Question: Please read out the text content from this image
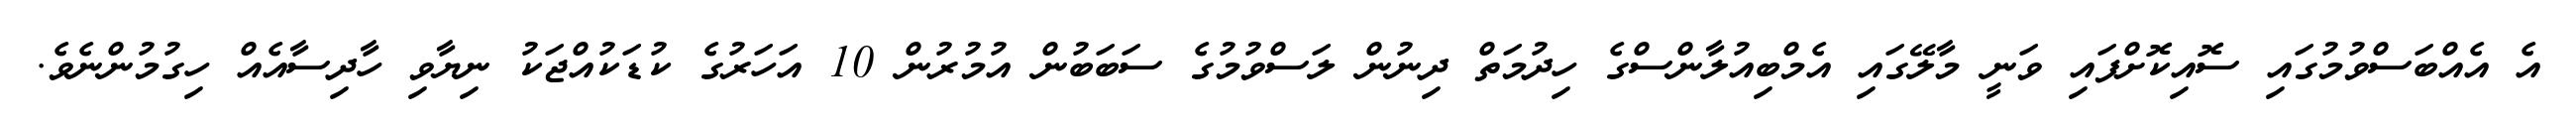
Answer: އެ އެއްބަސްވުމުގައި ސޮއިކޮށްފައި ވަނީ މާލޭގައި އެމްބިއުލާންސްގެ ހިދުމަތް ދިނުން ލަސްވުމުގެ ސަބަބުން އުމުރުން 10 އަހަރުގެ ކުޑަކުއްޖަކު ނިޔާވި ހާދިސާއެއް ހިގުމުންނެވެ.